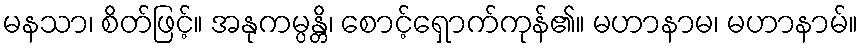
မနသာ၊ စိတ်ဖြင့်။ အနုကမ္ပန္တိ၊ စောင့်ရှောက်ကုန်၏။ မဟာနာမ၊ မဟာနာမ်။